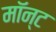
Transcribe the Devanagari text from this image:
मॉन्ट